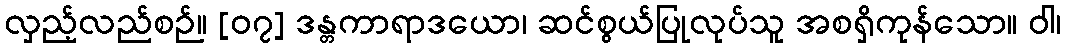
လှည့်လည်စဉ်။ [၀၇] ဒန္တကာရာဒယော၊ ဆင်စွယ်ပြုလုပ်သူ အစရှိကုန်သော။ ဝါ၊